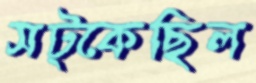
সট্‌কেছিল